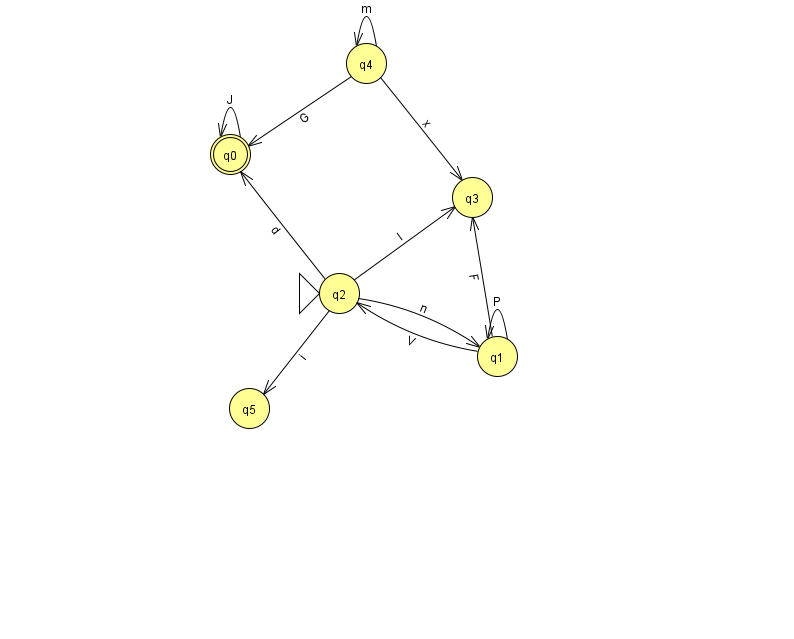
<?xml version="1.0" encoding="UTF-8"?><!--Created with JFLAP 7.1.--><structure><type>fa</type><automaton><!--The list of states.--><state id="0" name="q0"><x>230.0</x><y>141.0</y><final/></state><state id="1" name="q1"><x>497.0</x><y>343.0</y></state><state id="2" name="q2"><x>339.0</x><y>280.0</y><initial/></state><state id="3" name="q3"><x>472.0</x><y>184.0</y></state><state id="4" name="q4"><x>366.0</x><y>50.0</y></state><state id="5" name="q5"><x>249.0</x><y>395.0</y></state><!--The list of transitions.--><transition><from>1</from><to>1</to><read>P</read></transition><transition><from>2</from><to>0</to><read>d</read></transition><transition><from>2</from><to>1</to><read>n</read></transition><transition><from>2</from><to>5</to><read>i</read></transition><transition><from>4</from><to>0</to><read>G</read></transition><transition><from>0</from><to>0</to><read>J</read></transition><transition><from>1</from><to>2</to><read>V</read></transition><transition><from>1</from><to>3</to><read>F</read></transition><transition><from>2</from><to>3</to><read>l</read></transition><transition><from>4</from><to>3</to><read>x</read></transition><transition><from>4</from><to>4</to><read>m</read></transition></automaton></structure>